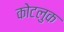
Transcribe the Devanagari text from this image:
कोटलुक